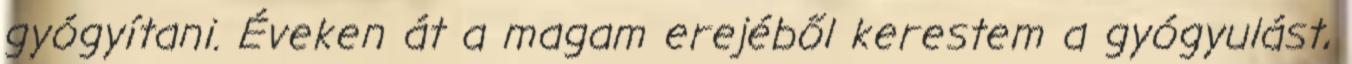
gyógyítani. Éveken át a magam erejéből kerestem a gyógyulást,